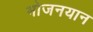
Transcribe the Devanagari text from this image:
भोजनयान